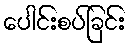
ပေါင်းစပ်ခြင်း